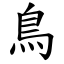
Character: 鳥